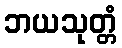
ဘယသုတ္တံ